Scottish Leaving Certificate Examination, 1957
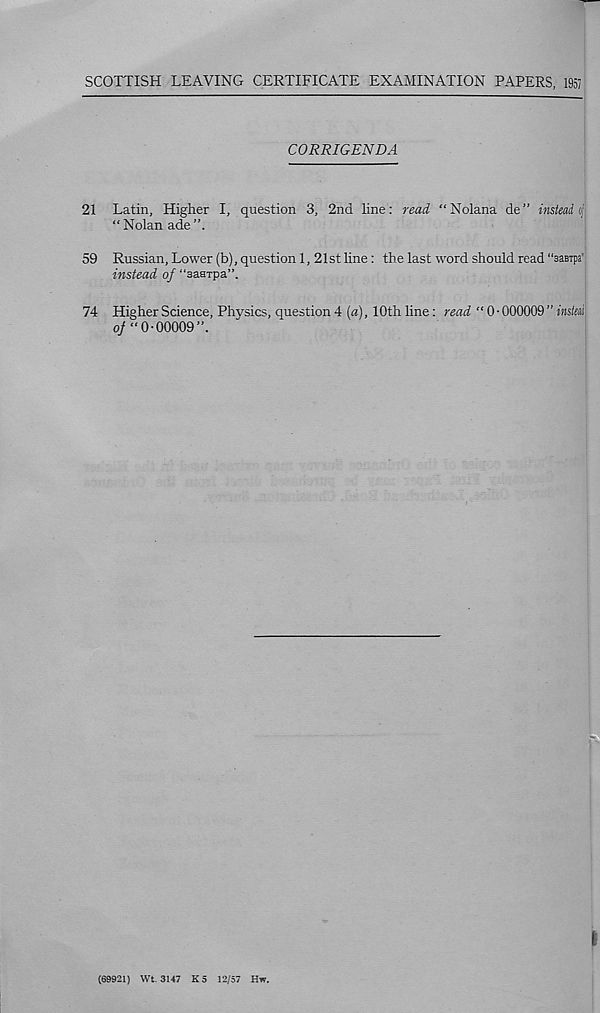
SCOTTISH LEAVING CERTIFICATE EXAMINATION PAPERS, 1957
CORRIGENDA
21 Latin, Higher I, question 3, 2nd line: read “Nolana de” insteadi
“ Nolan ade”.
59 Russian, Lower (b), question 1, 21st line : the last word should read “aasTpa"
instead of “saaTpa”.
74 Higher Science, Phvsics, question4 (a), 10th line: read “ 0 • 000009 ” M«/«i
of “0-00009”.
(69921) Wt. 3147 K3 12/57 Hw.